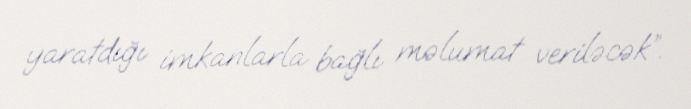
yaratdığı imkanlarla bağlı məlumat veriləcək”.